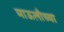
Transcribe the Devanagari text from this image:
माऊलीच्या